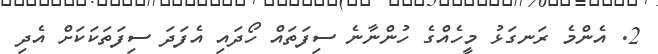
2. އެންމެ ރަނގަޅު މީހެއްގެ ހުންނާނެ ސިފަތައް ހޯދައި އެފަދަ ސިފަތަކަކަށް އެދި